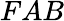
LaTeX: FAB